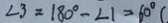
\angle 3 = 1 8 0 ^ { \circ } - \angle 1 = 6 0 ^ { \circ } (